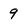
Character: 9